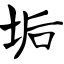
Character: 垢